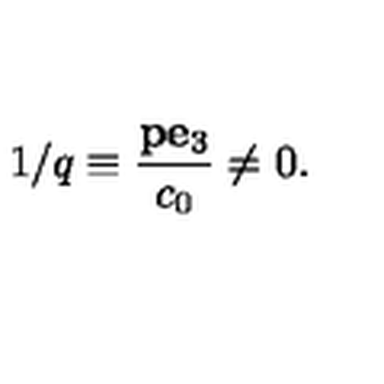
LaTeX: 1 / q \equiv { \frac { { \bf p } { \bf e } _ { 3 } } { c _ { 0 } } } \neq 0 .